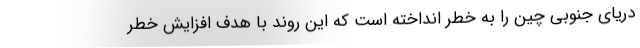
دریای جنوبی چین را به خطر انداخته است که این روند با هدف افزایش خطر